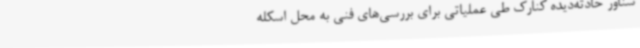
شناور حادثه‌دیده کنارک طی عملیاتی برای بررسی‌های فنی به محل اسکله